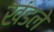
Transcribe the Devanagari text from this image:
खंडले